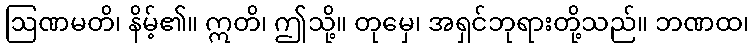
ဩဏမတိ၊ နိမ့်၏။ ဣတိ၊ ဤသို့။ တုမှေ၊ အရှင်ဘုရားတို့သည်။ ဘဏထ၊